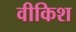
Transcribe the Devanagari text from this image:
वीकिश